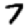
Digit: 7